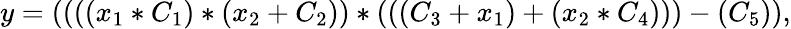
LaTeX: y=((((x_{1}*C_{1})*(x_{2}+C_{2}))*(((C_{3}+x_{1})+(x_{2}*C_{4})))-(C_{5})),